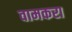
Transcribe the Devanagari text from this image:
वामकरा